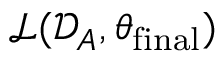
\mathcal { L } ( \mathcal { D } _ { A } , \theta _ { \mathrm { f i n a l } } )